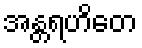
အန္တရဟိတေ